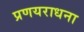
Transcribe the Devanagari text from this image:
प्रणयराधना